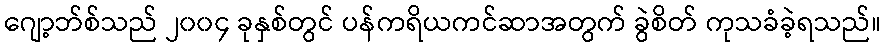
ဂျော့ဘ်စ်သည် ၂၀၀၄ ခုနှစ်တွင် ပန်ကရိယကင်ဆာအတွက် ခွဲစိတ် ကုသခံခဲ့ရသည်။